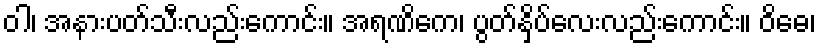
ဝါ၊ အနားပတ်သီးလည်းကောင်း။ အရဏိကေ၊ ပွတ်နှိပ်လေးလည်းကောင်း။ ဝိဓေ၊